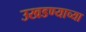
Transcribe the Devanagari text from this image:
उखडण्याच्या